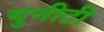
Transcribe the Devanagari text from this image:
युनीटी